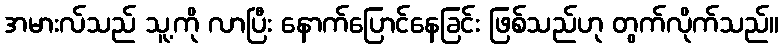
အမားလ်သည် သူ့ကို လာပြီး နောက်ပြောင်နေခြင်း ဖြစ်သည်ဟု တွက်လိုက်သည်။